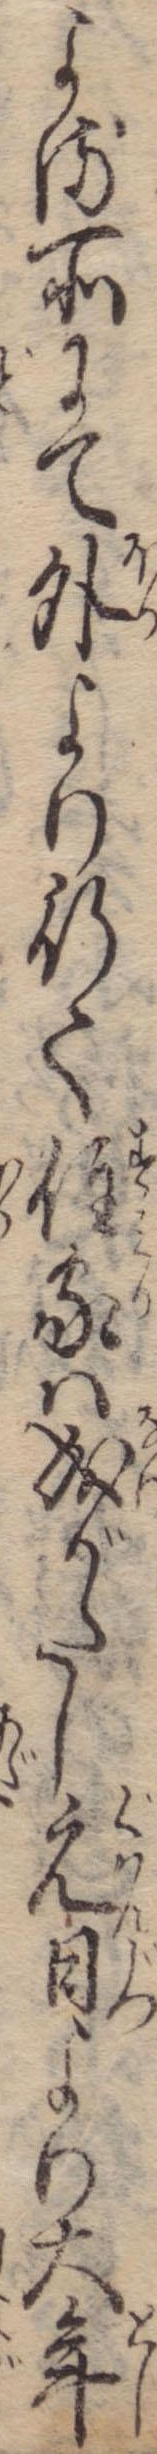
よる所にて外より行て住家は成がたし元日より大年